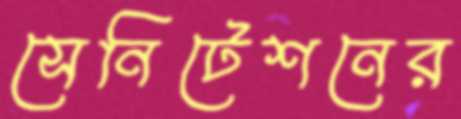
সেনিটেশনের